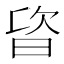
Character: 𣆾